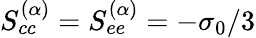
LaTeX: S_{cc}^{(\alpha)}=S_{ee}^{(\alpha)}=-\sigma_{0}/3